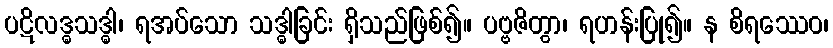
ပဋိလဒ္ဓသဒ္ဓါ၊ ရအပ်သော သဒ္ဓါခြင်း ရှိသည်ဖြစ်၍။ ပဗ္ဗဇိတွာ၊ ရဟန်းပြု၍။ န စိရဿေဝ၊